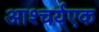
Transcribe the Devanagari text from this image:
आश्चर्यएक